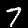
Digit: 7